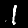
Label: 1